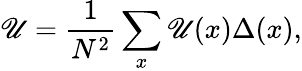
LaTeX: \mathscr{U}=\frac{{1}}{{N^{2}}}\sum_{x}\mathcal{{\mathscr{U}}}(x)\Delta(x),